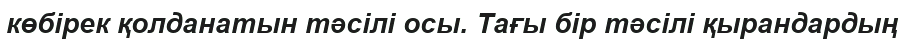
көбірек қолданатын тәсілі осы. Тағы бір тәсілі қырандардың